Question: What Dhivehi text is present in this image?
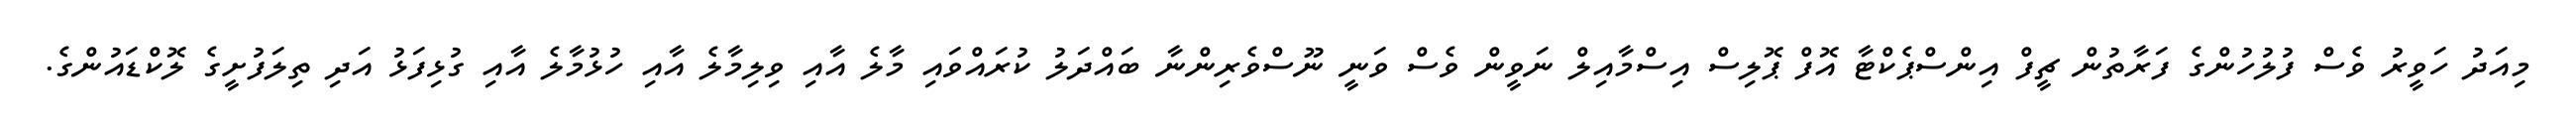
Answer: މިއަދު ހަވީރު ވެސް ފުލުހުންގެ ފަރާތުން ޗީފް އިންސްޕެކްޓާ އޮފް ޕޮލިސް އިސްމާއިލް ނަވީން ވެސް ވަނީ ނޫސްވެރިންނާ ބައްދަލު ކުރައްވައި މާލެ އާއި ވިލިމާލެ އާއި ހުޅުމާލެ އާއި ގުޅިފަޅު އަދި ތިލަފުށީގެ ލޮކްޑައުންގެ.